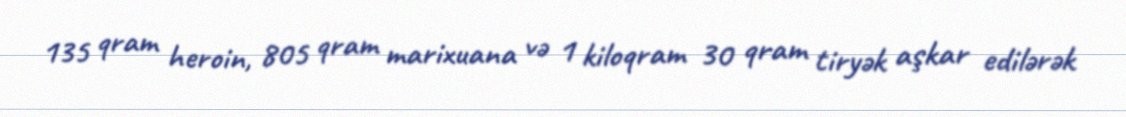
135 qram heroin, 805 qram marixuana və 1 kiloqram 30 qram tiryək aşkar edilərək